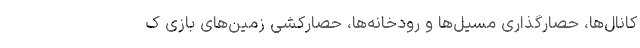
کانال‌ها، حصارگذاری مسیل‌ها و رودخانه‌ها، حصارکشی زمین‌های بازی ک